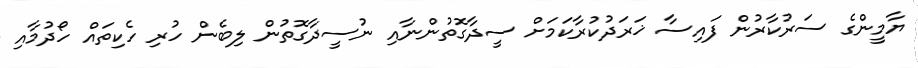
ޔާމީންގެ ސަރުކާރުން ފައިސާ ޚަރަދުކުރާކަމަށް ސީދާގޮތުންނާއި ނުސީދާގޮތުން ލިބެން ހުރި ހެކިތައް ހޯދުމާއި